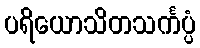
ပရိယောသိတသင်္ကပ္ပံ